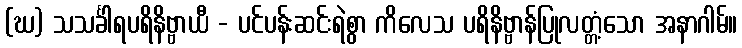
(ဃ) သသင်္ခါရပရိနိဗ္ဗာယီ - ပင်ပန်းဆင်းရဲစွာ ကိလေသ ပရိနိဗ္ဗာန်ပြုလတ္တံ့သော အနာဂါမ်။